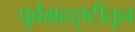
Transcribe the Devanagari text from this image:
पूर्वग्रहदृष्टीतून